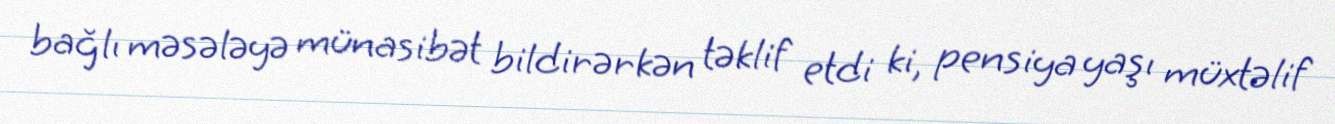
bağlı məsələyə münasibət bildirərkən təklif etdi ki, pensiya yaşı müxtəlif